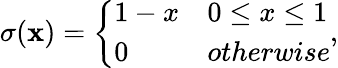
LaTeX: \sigma(\mathbf{x})=\left\{ \begin{array}{ll}{1-x}&{0\leq x\leq 1}\\ {0}&{otherwise}\end{array}\right.,